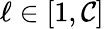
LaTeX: \ell\in[1,\mathcal{C}]